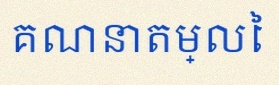
គណនាតម្លៃ